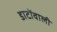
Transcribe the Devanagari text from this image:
डाटोंवाली